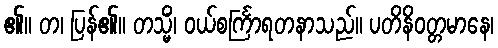
၏။ တ၊ ပြန်၏။ တသ္မိံ၊ ဝယ်စင်္ကြာရတနာသည်။ ပတိနိဝတ္တမာနေ၊